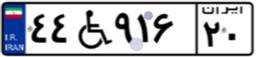
۴۴W۹۱۶۲۰